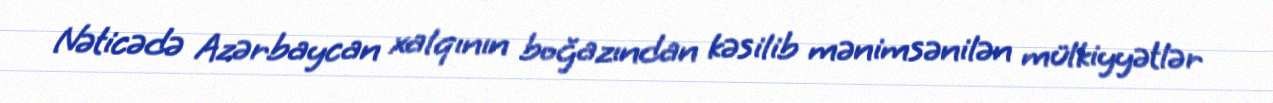
Nəticədə Azərbaycan xalqının boğazından kəsilib mənimsənilən mülkiyyətlər